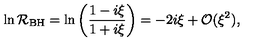
\ln { \cal R } _ { \mathrm { B H } } = \ln \left( \frac { 1 - i \xi } { 1 + i \xi } \right) = - 2 i \xi + { \cal O } ( \xi ^ { 2 } ) ,